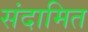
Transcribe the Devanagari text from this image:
संदामित